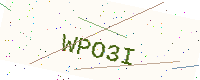
Text: WPO3I